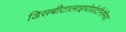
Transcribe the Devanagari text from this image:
डिसबीटालाइपोप्रोटीनेमिया